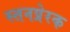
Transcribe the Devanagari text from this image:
स्तनप्रेरक